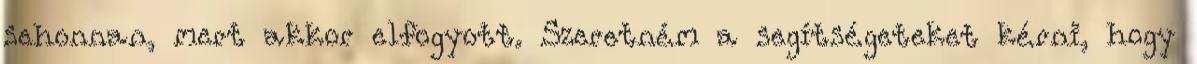
sehonnan, mert akkor elfogyott. Szeretném a segítségeteket kérni, hogy